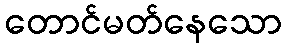
တောင်မတ်နေသော